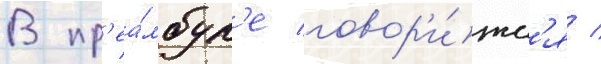
В пр'еа́мбул'е говор'и́тс'я /